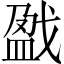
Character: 戤